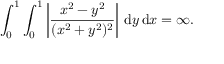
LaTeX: \int _ { 0 } ^ { 1 } \int _ { 0 } ^ { 1 } \left| { \frac { x ^ { 2 } - y ^ { 2 } } { ( x ^ { 2 } + y ^ { 2 } ) ^ { 2 } } } \right| \, { \mathrm { d } } y \, { \mathrm { d } } x = \infty .